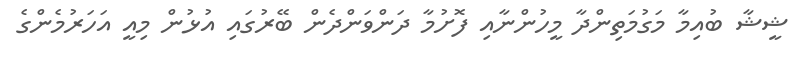
ޝީޝާ ބުއިމާ މަގުމަތިންދާ މީހުންނާއި ފޮށުމާ ދަންވަންދެން ބޭރުގައި އުޅުން މިއީ އަހަރުމެންގެ